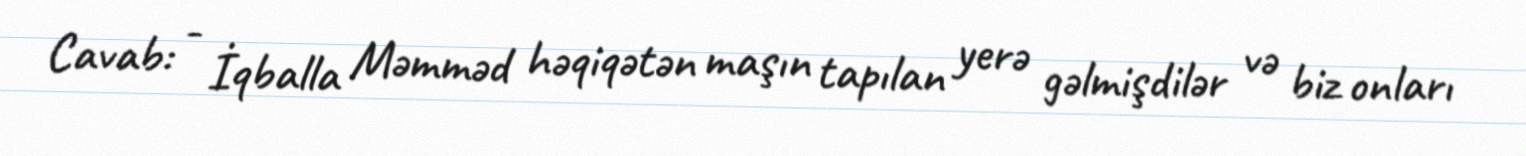
Cavab: - İqballa Məmməd həqiqətən maşın tapılan yerə gəlmişdilər və biz onları